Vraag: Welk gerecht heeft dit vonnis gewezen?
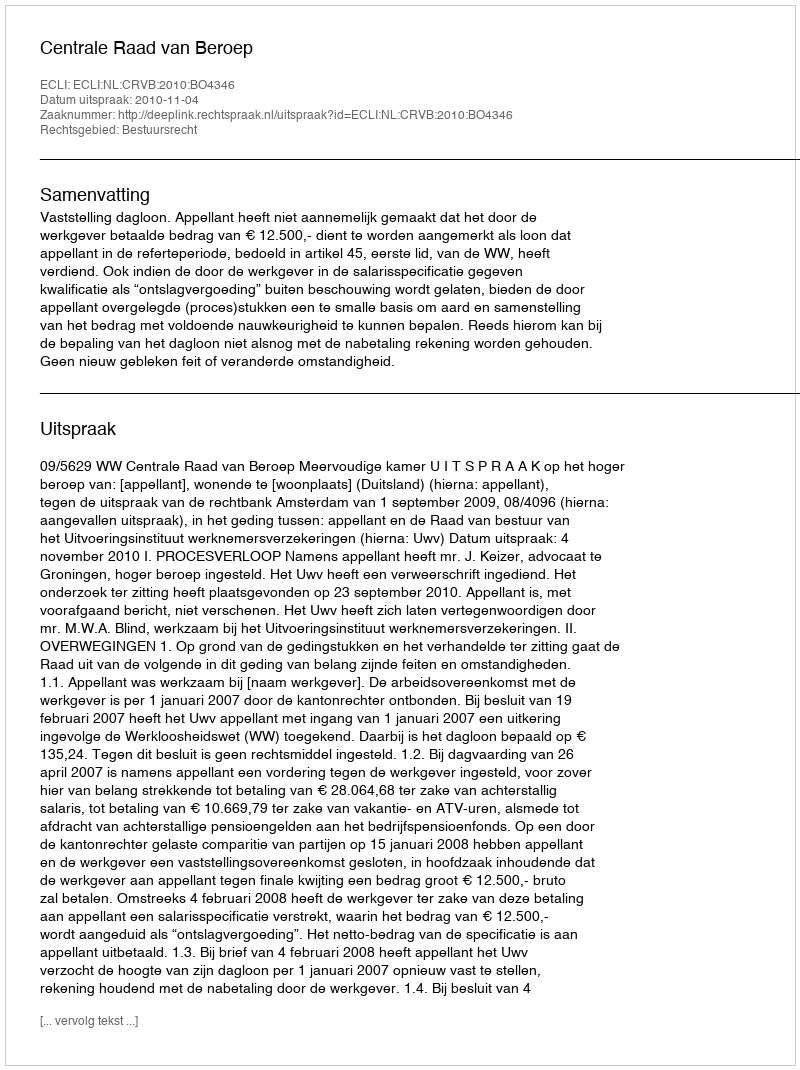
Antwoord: Centrale Raad van Beroep